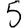
Digit: 5